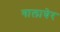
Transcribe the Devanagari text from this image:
गालाघेर